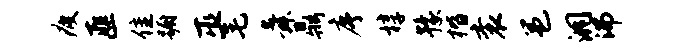
疲匪隹蹰巫毛舜鼎序椁豫楷衮邕洞沸